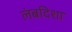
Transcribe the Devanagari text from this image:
लंबदिशा